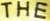
THE